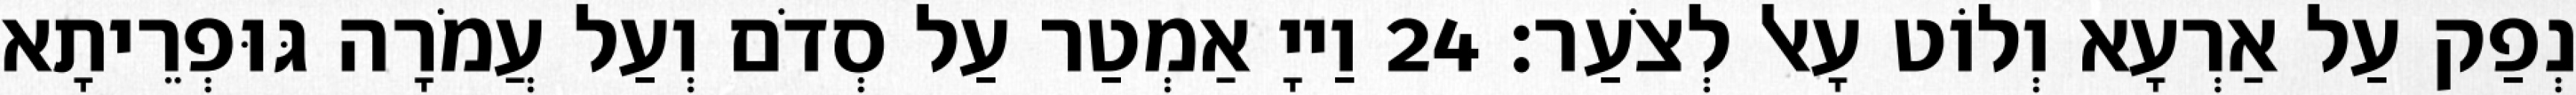
נְפַק עַל אַרְעָא וְלוֹט עָאל לְצֹעַר׃ 24 וַייָ אַמְטַר עַל סְדֹם וְעַל עֲמֹרָה גּוּפְרֵיתָא